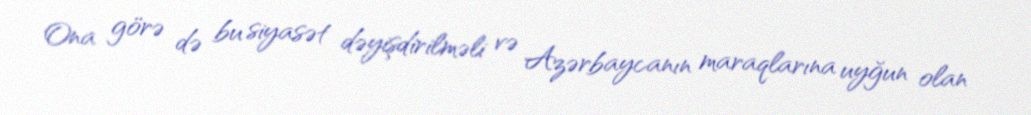
Ona görə də bu siyasət dəyişdirilməli və Azərbaycanın maraqlarına uyğun olan